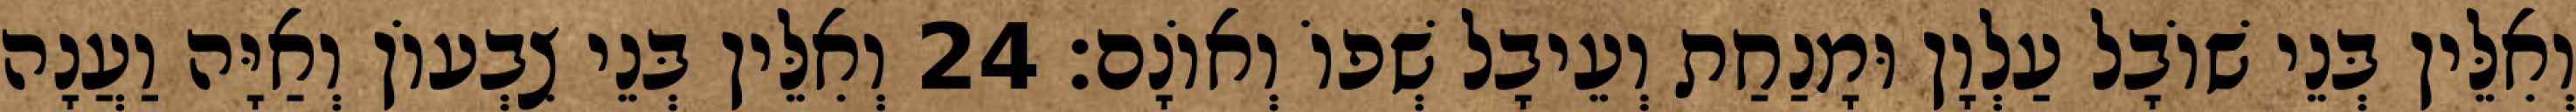
וְאִלֵּין בְּנֵי שׁוֹבָל עַלְוָן וּמָנַחַת וְעֵיבָל שְׁפוֹ וְאוֹנָם׃ 24 וְאִלֵּין בְּנֵי צִבְעוֹן וְאַיָּה וַעֲנָה